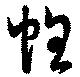
帷